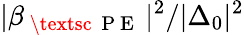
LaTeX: |\beta_{\mathrm{~\textsc~{~P~E~}~}}|^{2}/|\Delta_{0}|^{2}